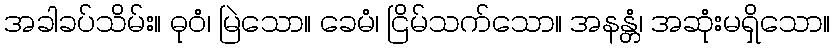
အခါခပ်သိမ်း။ ဓုဝံ၊ မြဲသော။ ခေမံ၊ ငြိမ်သက်သော။ အနန္တံ၊ အဆုံးမရှိသော။